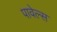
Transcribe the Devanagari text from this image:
पावेल्स